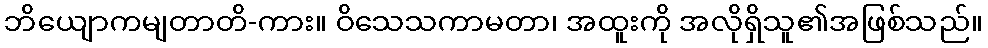
ဘိယျောကမျတာတိ-ကား။ ဝိသေသကာမတာ၊ အထူးကို အလိုရှိသူ၏အဖြစ်သည်။